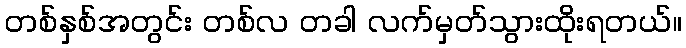
တစ်နှစ်အတွင်း တစ်လ တခါ လက်မှတ်သွားထိုးရတယ်။